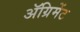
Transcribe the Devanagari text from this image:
ॲग्रिमेंट